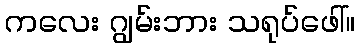
ကလေး ဂျွမ်းဘား သရုပ်ဖေါ်။